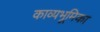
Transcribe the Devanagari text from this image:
काव्यभूमिका